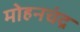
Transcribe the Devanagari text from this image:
मोहनचंद्र